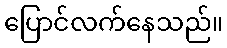
ပြောင်လက်နေသည်။